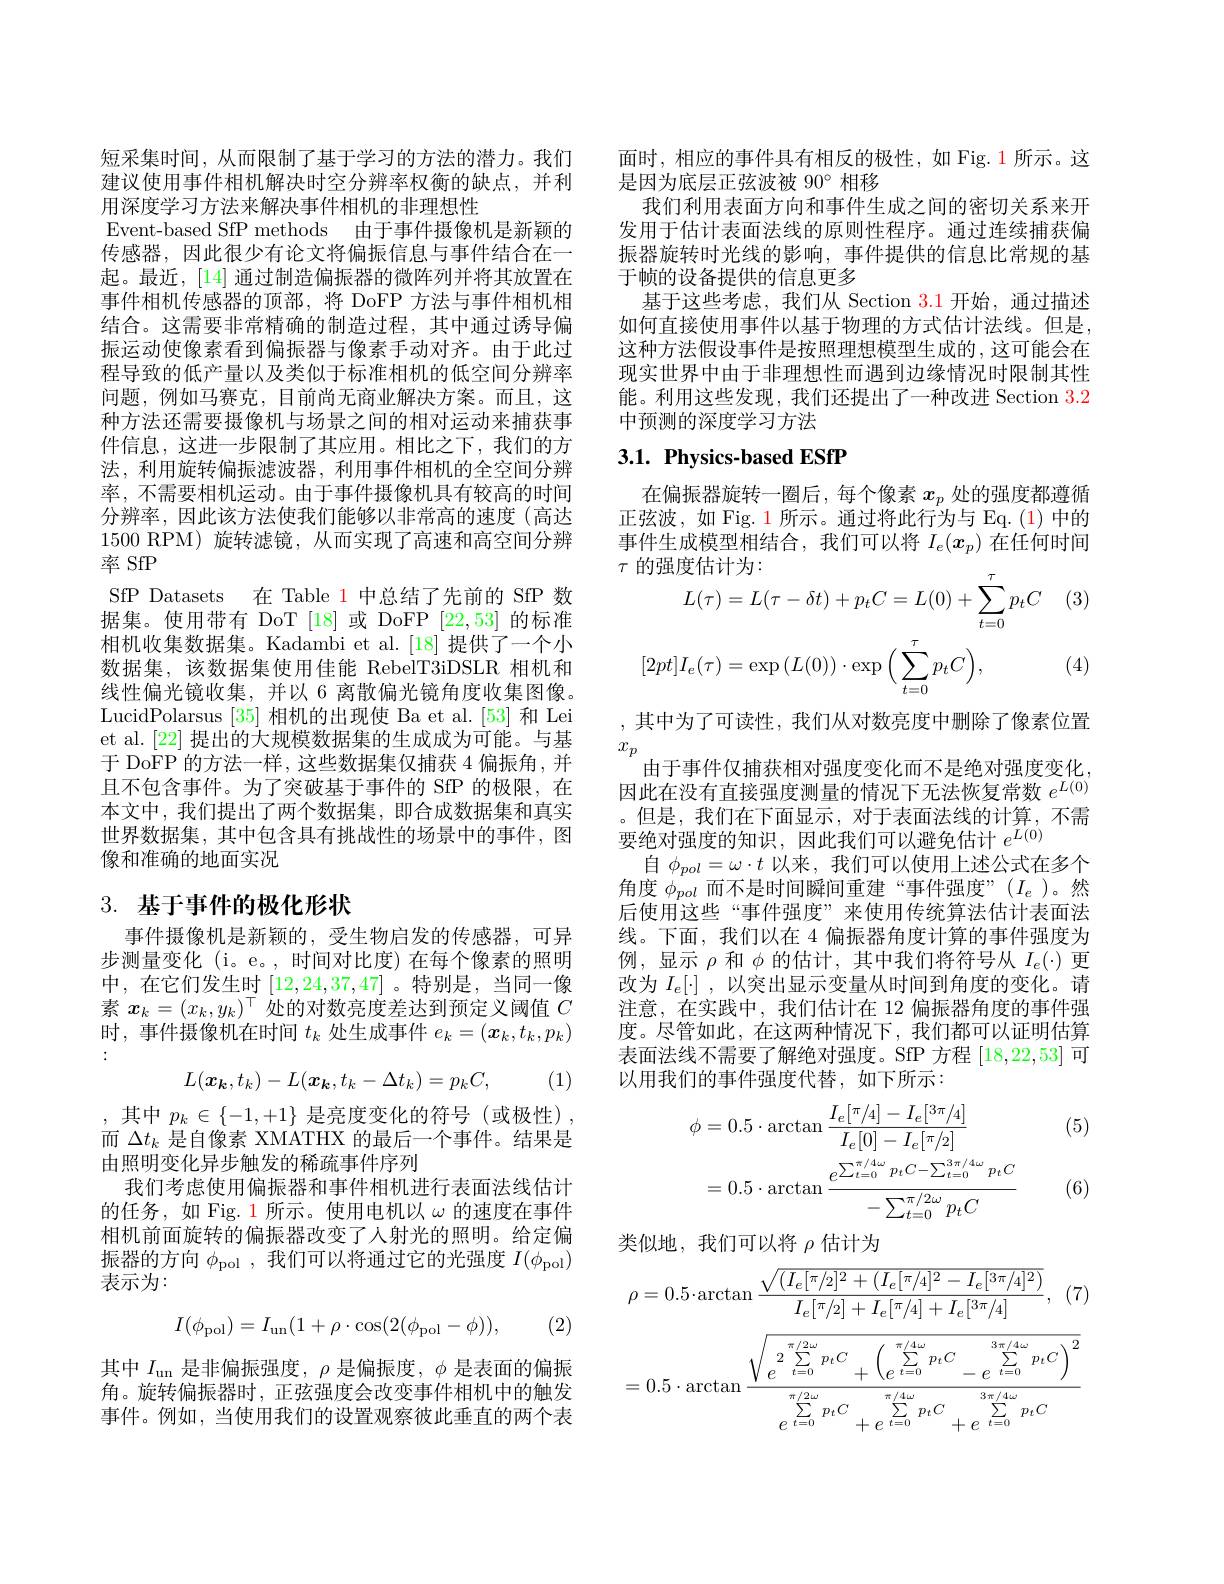
短采集时间，从而限制了基于学习的方法的潜力。我们建议使用事件相机解决时空分辨率权衡的缺点，并利用深度学习方法来解决事件相机的非理想性
Event-based SfP methods 由于事件摄像机是新颖的传感器，因此很少有论文将偏振信息与事件结合在一起。最近，[14] 通过制造偏振器的微阵列并将其放置在事件相机传感器的顶部，将 DoFP 方法与事件相机相结合。这需要非常精确的制造过程，其中通过诱导偏振运动使像素看到偏振器与像素手动对齐。由于此过程导致的低产量以及类似于标准相机的低空间分辨率问题，例如马赛克，目前尚无商业解决方案。而且，这种方法还需要摄像机与场景之间的相对运动来捕获事件信息，这进一步限制了其应用。相比之下，我们的方法，利用旋转偏振滤波器，利用事件相机的全空间分辨率，不需要相机运动。由于事件摄像机具有较高的时间分辨率，因此该方法使我们能够以非常高的速度(高达1500 RPM)旋转滤镜，从而实现了高速和高空间分辨率 SfP
SfP Datasets 在 Table 1 中总结了先前的 SfP 数据集。使用带有 DoT [18]或 DoFP [22,53] 的标准相机收集数据集。Kadambi et al.[18] 提供了一个小数据集，该数据集使用佳能 RebelT3iDSLR 相机和线性偏光镜收集，并以 6 离散偏光镜角度收集图像。LucidPolarsus [35] 相机的出现使 Ba et al.[53] 和 Lei et al. [22] 提出的大规模数据集的生成成为可能。与基于 DoFP 的方法一样，这些数据集仅捕获 4 偏振角，并且不包含事件。为了突破基于事件的 SfP 的极限，在本文中，我们提出了两个数据集，即合成数据集和真实世界数据集，其中包含具有挑战性的场景中的事件，图像和准确的地面实况

# 3. 基于事件的极化形状

事件摄像机是新颖的，受生物启发的传感器，可异步测量变化(i。e。,时间对比度)在每个像素的照明中，在它们发生时[12,24,37,47] 。特别是，当同一像素$x_k=(x_k,y_k)^\top$处的对数亮度差达到预定义阈值$C$ 时，事件摄像机在时间$t_k$处生成事件$e_k=(\boldsymbol x_k,t_k,p_k)$
$$L(\boldsymbol{x_k},t_k)-L(\boldsymbol{x_k},t_k-\Delta t_k)=p_kC,$$
(1)

,其中$p_k\in\{-1,+1\}$是亮度变化的符号(或极性), 而$\Delta t_k$是自像素 XMATHX 的最后一个事件。结果是由照明变化异步触发的稀疏事件序列
我们考虑使用偏振器和事件相机进行表面法线估计的任务，如 Fig. 1 所示。使用电机以$\omega$的速度在事件相机前面旋转的偏振器改变了人射光的照明。给定偏振器的方向$\phi_\mathrm{pol}$ ,我们可以将通过它的光强度$I(\phi_\mathrm{pol})$ 表示为：
$$I(\phi_{\mathrm{pol}})=I_{\mathrm{un}}(1+\rho\cdot\cos(2(\phi_{\mathrm{pol}}-\phi)),$$
(2)

其中$I_{\mathrm{un}}$是非偏振强度，$\rho$是偏振度$,\phi$是表面的偏振角。旋转偏振器时，正弦强度会改变事件相机中的触发事件。例如，当使用我们的设置观察彼此垂直的两个表

面时，相应的事件具有相反的极性，如 Fig. 1 所示。这
是因为底层正弦波被 90° 相移
我们利用表面方向和事件生成之间的密切关系来开发用于估计表面法线的原则性程序。通过连续捕获偏振器旋转时光线的影响，事件提供的信息比常规的基于帧的设备提供的信息更多
基于这些考虑，我们从 Section $\color{red}{3.1}$开始，通过描述如何直接使用事件以基于物理的方式估计法线。但是， 这种方法假设事件是按照理想模型生成的，这可能会在现实世界中由于非理想性而遇到边缘情况时限制其性能。利用这些发现，我们还提出了一种改进 Section 3.2中预测的深度学习方法

## 3.1. Physics-based ESfP

在偏振器旋转一圈后，每个像素$x_p$处的强度都遵循正弦波，如 Fig. 1 所示。通过将此行为与 Eq. (1) 中的事件生成模型相结合，我们可以将$I_e(x_p)$在任何时间$\tau$
$$\begin{aligned}&\text{的强度估计为:}\\&L(\tau)=L(\tau-\delta t)+p_{t}C=L(0)+\sum_{t=0}^{\tau}p_{t}C\\&[2pt]I_{e}(\tau)=\exp{(L(0))}\cdot\exp{\Big(\sum_{t=0}^{\tau}p_{t}C\Big)},\end{aligned}$$
(3)

(4)

,其中为了可读性，我们从对数亮度中删除了像素位置
$x_p$
由于事件仅捕获相对强度变化而不是绝对强度变化， 因此在没有直接强度测量的情况下无法恢复常数$e^{L(0)}$ 。但是，我们在下面显示，对于表面法线的计算，不需要绝对强度的知识，因此我们可以避免估计$e^{L(0)}$
自$\phi_{pol}=\omega\cdot t$以来，我们可以使用上述公式在多个角度$\phi_{pol}$而不是时间瞬间重建“事件强度”($I_e$)。然后使用这些“事件强度”来使用传统算法估计表面法线。下面，我们以在 4 偏振器角度计算的事件强度为例，显示$\rho$和$\phi$的估计，其中我们将符号从$I_e(\cdot)$更改为$I_e[ \cdot ]$ ,以突出显示变量从时间到角度的变化。请注意，在实践中，我们估计在 12 偏振器角度的事件强度。尽管如此，在这两种情况下，我们都可以证明估算表面法线不需要了解绝对强度。SfP 方程[18,22,53]可以用我们的事件强度代替，如下所示：

(5)
$$\begin{aligned}\phi&=0.5\cdot\arctan\frac{I_{e}[\pi/4]-I_{e}[3\pi/4]}{I_{e}[0]-I_{e}[\pi/2]}\\&=0.5\cdot\arctan\frac{e^{\sum_{t=0}^{\pi/4\omega}p_{t}C-\sum_{t=0}^{3\pi/4\omega}p_{t}C}}{-\sum_{t=0}^{\pi/2\omega}p_{t}C}\end{aligned}$$
(6)

类似地，我们可以将$\rho$估计为
$$\rho=0.5\cdot\arctan\frac{\sqrt{(I_e[\pi/2]^2+(I_e[\pi/4]^2-I_e[3\pi/4]^2)}}{I_e[\pi/2]+I_e[\pi/4]+I_e[3\pi/4]},$$
$$=0.5\cdot\arctan\frac{\sqrt{e^{2\sum\limits_{t=0}^{\pi/2\omega}p_tC}+\left(e^{\sum\limits_{t=0}^{\pi/4\omega}p_tC}-e^{\sum\limits_{t=0}^{3\pi/4\omega}p_tC}\right)^2}}{e^{\sum\limits_{t=0}^{\pi/2\omega}p_tC}+e^{\sum\limits_{t=0}^{\pi/4\omega}p_tC}+e^{\sum\limits_{t=0}^{3\pi/4\omega}p_tC}}$$
(7)